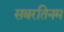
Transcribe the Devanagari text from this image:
सबरतिनम